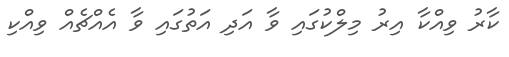
ކާރު ވިއްކާ އިރު މިލްކުގައި ވާ އަދި އަތުގައި ވާ އެއްޗެއް ވިއްކި